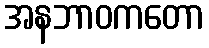
အနဘာဝကတော